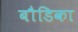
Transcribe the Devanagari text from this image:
बौडिका